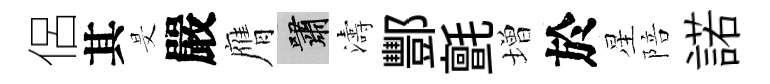
侶其旻嚴膺嘯濤酆氈増於星陪諾